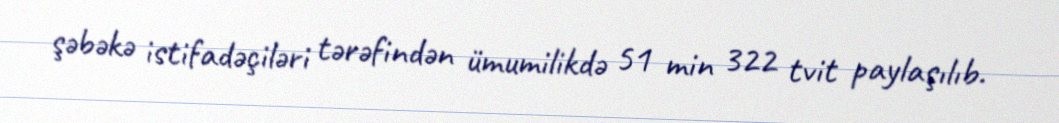
şəbəkə istifadəçiləri tərəfindən ümumilikdə 51 min 322 tvit paylaşılıb.